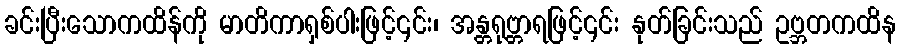
ခင်းပြီးသောကထိန်ကို မာတိကာရှစ်ပါးဖြင့်၎င်း၊ အန္တရုဗ္တာရဖြင့်၎င်း နုတ်ခြင်းသည် ဥဗ္ဘတကထိန